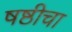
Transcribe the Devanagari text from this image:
षष्ठीचा